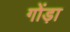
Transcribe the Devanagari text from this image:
गोंड़ा